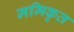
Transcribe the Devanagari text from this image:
ममिकृत